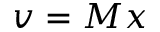
v = M x